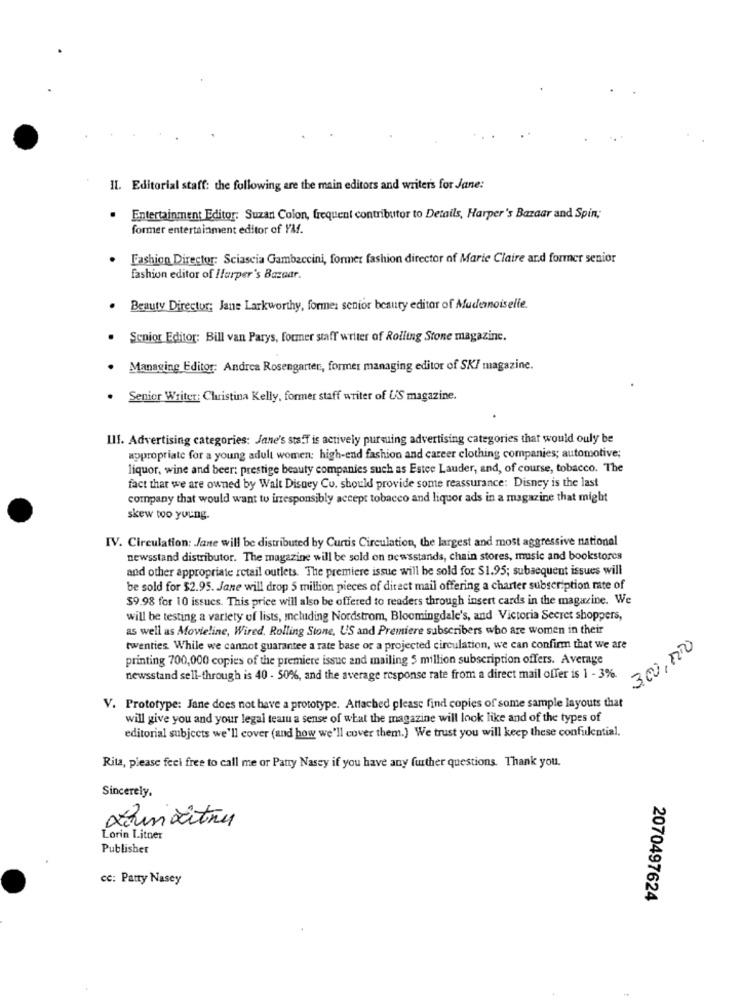
IL. Editorial staff: the following are the main editors and writer's for Jane:
Entertainment Editor: Suzan Colon, frequent contributor to Details, Harper's Bazaar and Spin;
former entertainment editor of YM.
Fashion Director: Sciascia Gambaccini, former fashion director of Marie Claire and former senior
fashion editor of Harper's Bazaar.
Beauty Director; Jane Larkworthy, forme: senior beauty editor of Mudemoiselle.
Senior Editor: Bill van Parys, former staff writer of Rolling Stone magazine.
Managing Editor: Andrea Rosengarten, former managing editor of SKI magazine.
Senior Writer: Christina Kelly, former staff writer of US magazine.
III. Advertising categories: Jane's staff is actively pursuing advertising categories that would ouly be
appropriate for a young adult women: high-end fashion and career clothing companies; automotive;
liquor, wine and beer: prestige beauty companies such as Estee Lauder, and, of course, tobacco. The
fact that we are owned by Walt Disney Co. should provide some reassurance: Disney is the last
company that would want to irresponsibly accept tobacco and liquor ads in a magazine that might
skew too young.
IV. Circulation: Jane will be distributed by Curtis Circulation, the largest and most aggressive national
newsstand distributor. The magazine will be sold on newsstands, chain stores, music and bookstores
and other appropriate retail outlets. The premiere issue will be sold for $1.95; subsequent issues will
be sold for $2.95. Jane will drop 5 million pieces of direct mail offering a charter subscription rate of
$9.98 for 10 issues. This price will also be offered to readers through insert cards in the magazine. We
will be testing a variety of lists, including Nordstrom, Bloomingdale's, and Victoria Secret shoppers,
as well as Movieline, Wired, Rolling Stone, US and Premiere subscribers who are women in their
twenties. While we cannot guarantee a rate base or a projected circulation, we can confirm that we are
300,0000
printing 700,000 copies of the premiere issuc and mailing 5 million subscription offers. Average
newsstand sell-through is 40 - 50%, and the average response rate from a direct mail offer is 1 - 3%.
V. Prototype: Jane does not have a prototype. Attached please find copies of some sample layouts that
will give you and your legal teau a sense of what the magazine will look like and of the types of
editorial subjects we'll cover (and how we'll cover them.) We trust you will keep these confulential.
Rita, please feel free to call me or Patty Nasey if you have any further questions. Thank you.
Sincerely,
Lorin Litner
Publisher
cc: Patty Nasey
2070497624